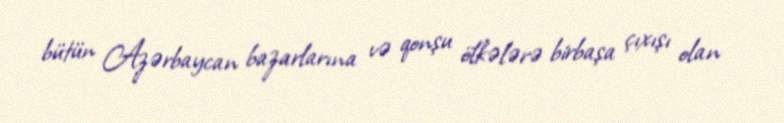
bütün Azərbaycan bazarlarına və qonşu ölkələrə birbaşa çıxışı olan